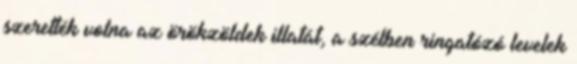
szerették volna az örökzöldek illatát, a szélben ringatózó levelek